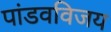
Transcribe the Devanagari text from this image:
पांडवविजय